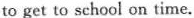
to get to sehool on time.